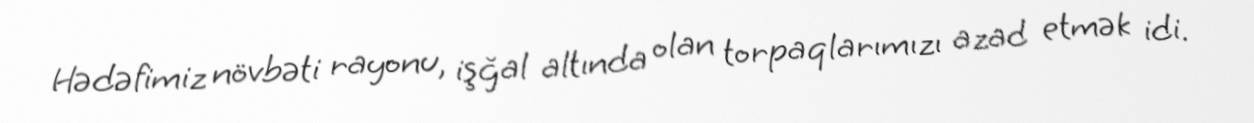
Hədəfimiz növbəti rayonu, işğal altında olan torpaqlarımızı azad etmək idi.